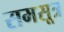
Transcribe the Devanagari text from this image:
समसूत्र